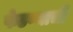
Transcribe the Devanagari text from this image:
फेडण्याची